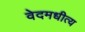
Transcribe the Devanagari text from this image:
वेदमधीत्य